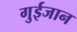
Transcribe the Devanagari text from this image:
गुईजान